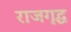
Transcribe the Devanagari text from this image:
राजगृद्ध